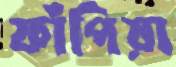
ফাঁপিয়া